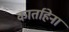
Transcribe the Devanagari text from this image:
कार्ताहेना